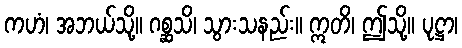
ကဟံ၊ အဘယ်သို့။ ဂစ္ဆသိ၊ သွားသနည်း။ ဣတိ၊ ဤသို့။ ပုဋ္ဌာ၊